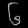
Digit: ၆